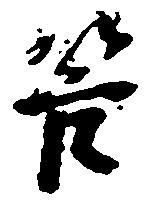
管